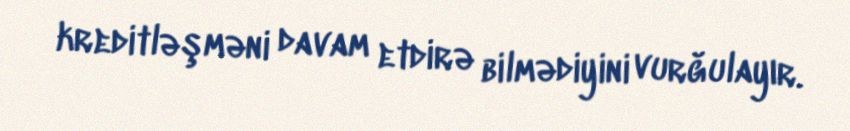
kreditləşməni davam etdirə bilmədiyini vurğulayır.